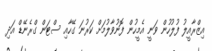
އިޒްރާއީލު ފުލުހުން ވަނީ އެމީހުން ފޮނުވާލުމަށް ކަރުނަ ގޭހާއި ސްޓަން ގްރެނޭޑް އަދި